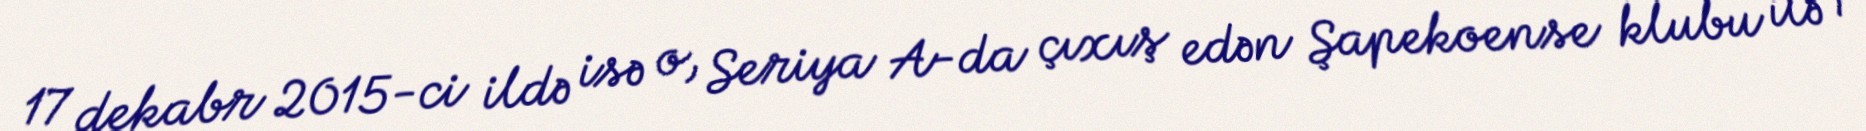
17 dekabr 2015-ci ildə isə o, Seriya A-da çıxış edən Şapekoense klubu ilə 1